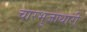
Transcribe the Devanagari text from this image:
चारभुजाधारी